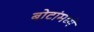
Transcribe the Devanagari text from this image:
बोटांमघ्ये